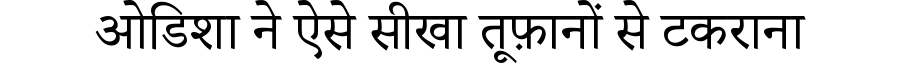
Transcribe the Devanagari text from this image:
ओडिशा ने ऐसे सीखा तूफ़ानों से टकराना